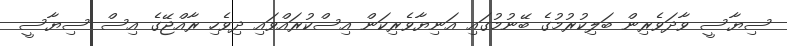
ސިޔާސީ ވާދަވެރިން ބަލިކުރުމުގެ ބޭނުމުގައި އަނިޔާވެރިކަން އިސްކުރައްވައި ދިވެހި ރާއްޖޭގެ އިސް ސިޔާސީ